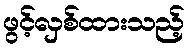
ဖွင့်လှစ်ထားသည့်